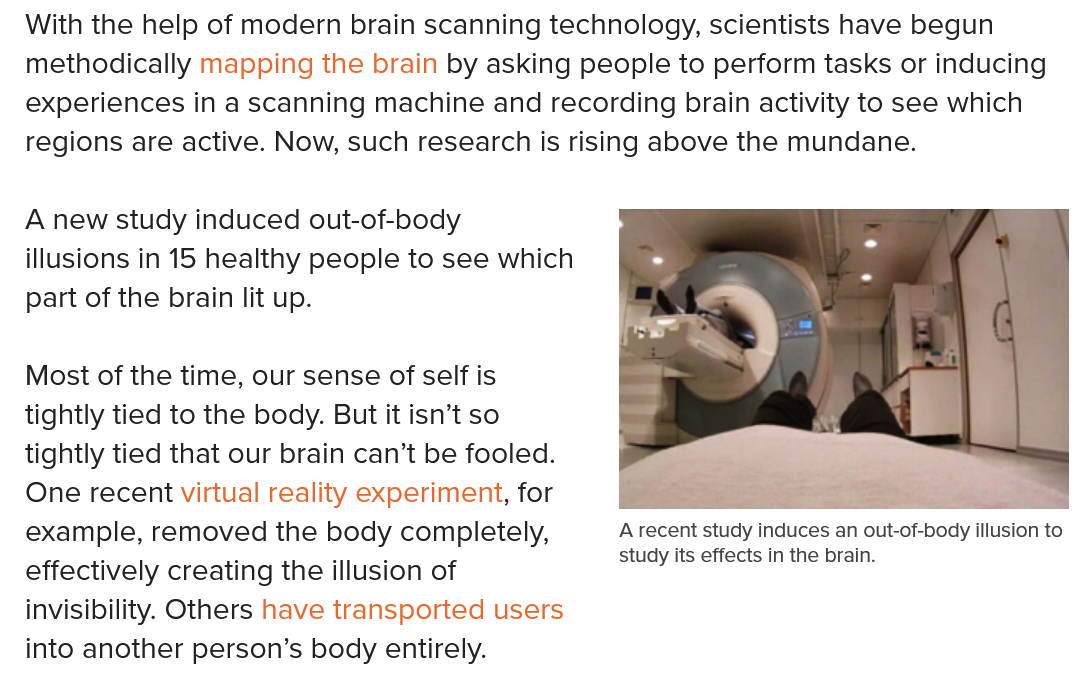
With the help of modern brain scanning technology, scientists have begun
  methodically mapping the brain by asking people to perform tasks or inducing
  experiences in a scanning machine and recording brain activity to see which
  regions are active. Now, such research is rising above the mundane.
  A new study induced out-of-body
  illusions in 15 healthy people to see which
  part of the brain lit up.
  Most of the time, our sense of self is
  tightly tied to the body. But it isn’t so
  tightly tied that our brain can’t be fooled.
  One recent virtual reality experiment, for
  example, removed the body completely,
  effectively creating the illusion of
  invisibility. Others have transported users
  into another person’s body entirely.
     Arecent study induces an out-of-body illusion to
     study its effects in the brain.